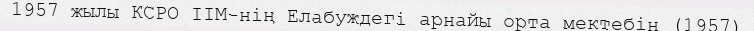
1957 жылы КСРО ІІМ-нің Елабуждегі арнайы орта мектебін (1957)